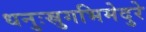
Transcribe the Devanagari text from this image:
धनुःस्रुगभिमेदुरे